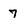
Character: 7